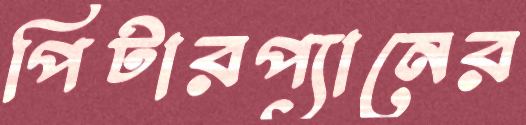
পিটারপ্যানের